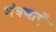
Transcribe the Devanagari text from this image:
मंत्रणाएँ